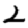
Digit: 2